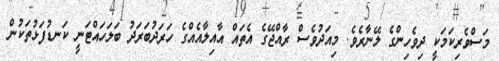
މަސްވެރިކަމަކީ ދިވެހިންގެ ލޭނާރެވެ. މިއަދުވެސް ރާއްޖޭގެ އެތައް އާއިލާއެއްގެ ހަރަދުބަރަދު ބަލަހައްޓަނީ ކަނޑުފަޅުތަކުން